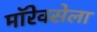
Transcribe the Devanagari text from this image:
मॉरेक्सेला